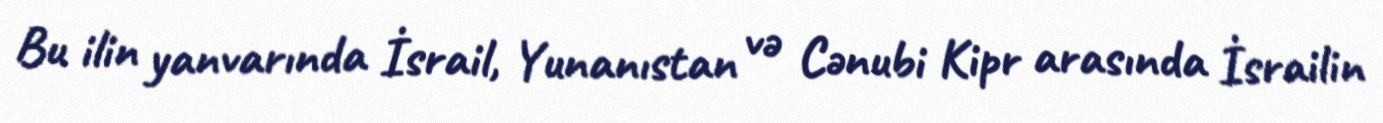
Bu ilin yanvarında İsrail, Yunanıstan və Cənubi Kipr arasında İsrailin